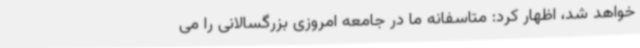
خواهد شد، اظهار کرد: متاسفانه ما در جامعه امروزی بزرگسالانی را می